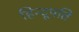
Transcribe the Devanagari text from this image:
हिन्दूपति